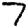
Digit: 7